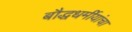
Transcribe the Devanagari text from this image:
बौद्धधर्मीयांचा